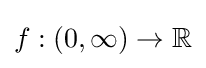
f:(0,\infty )\to \mathbb {R}